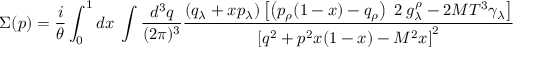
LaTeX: \Sigma ( p ) = { \frac { i } { \theta } } \int _ { 0 } ^ { 1 } d x \; \int { \frac { d ^ { 3 } q } { ( 2 \pi ) ^ { 3 } } } { \frac { \left( q _ { \lambda } + x p _ { \lambda } \right) \left[ \left( p _ { \rho } ( 1 - x ) - q _ { \rho } \right) \; 2 \; g _ { \lambda } ^ { \rho } - 2 M T ^ { 3 } \gamma _ { \lambda } \right] } { \left[ q ^ { 2 } + p ^ { 2 } x ( 1 - x ) - M ^ { 2 } x \right] ^ { 2 } } }